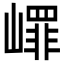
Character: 嶵